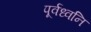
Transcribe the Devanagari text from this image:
पूर्वध्वनि